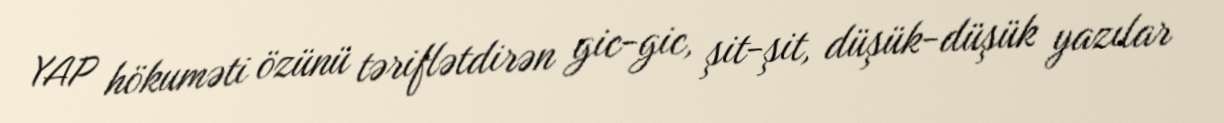
YAP hökuməti özünü təriflətdirən gic-gic, şit-şit, düşük-düşük yazılar